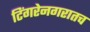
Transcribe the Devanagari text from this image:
टिंगरेनगरातच